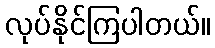
လုပ်နိုင်ကြပါတယ်။